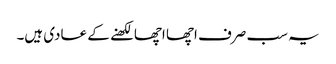
یہ سب صرف اچھا اچھا لکھنے کے عادی ہیں۔